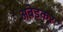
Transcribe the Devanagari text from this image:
अबेडकर